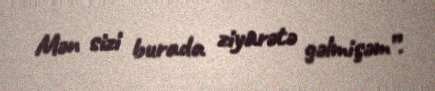
Mən sizi burada ziyarətə gəlmişəm”.